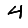
Digit: 4